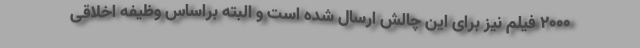
2000 فیلم نیز برای این چالش ارسال شده است و البته براساس وظیفه اخلاقی